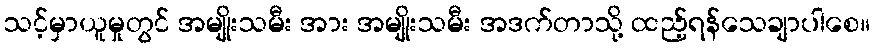
သင့်မှာယူမှုတွင် အမျိုးသမီး အား အမျိုးသမီး အဒက်တာသို့ ထည့်ရန်သေချာပါစေ။